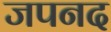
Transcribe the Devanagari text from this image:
जपनद